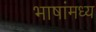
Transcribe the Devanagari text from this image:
भाषांमध्य